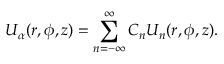
U _ { \alpha } ( r , \phi , z ) = \sum _ { n = - \infty } ^ { \infty } C _ { n } U _ { n } ( r , \phi , z ) .